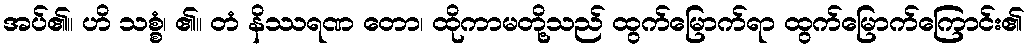
အပ်၏။ ဟိ သစ္စံ၊ ၏။ တံ နိဿရဏ တော၊ ထိုကာမတို့သည် ထွက်မြောက်ရာ ထွက်မြောက်ကြောင်း၏